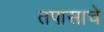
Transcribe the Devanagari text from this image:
तपासाचे